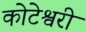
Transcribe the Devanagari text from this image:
कोटेश्वरी